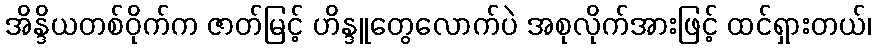
အိန္ဒိယတစ်ဝိုက်က ဇာတ်မြင့် ဟိန္ဒူတွေလောက်ပဲ အစုလိုက်အားဖြင့် ထင်ရှားတယ်၊